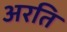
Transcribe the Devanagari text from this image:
अरति